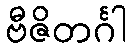
ဗီဇိတင်္ဂါ